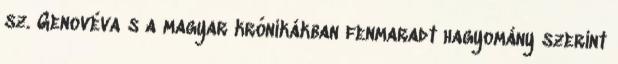
sz. Genovéva s a magyar krónikákban fenmaradt hagyomány szerint